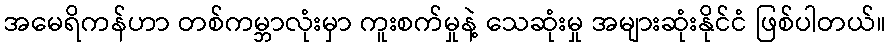
အမေရိကန်ဟာ တစ်ကမ္ဘာလုံးမှာ ကူးစက်မှုနဲ့ သေဆုံးမှု အများဆုံးနိုင်ငံ ဖြစ်ပါတယ်။